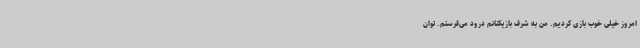
امروز خیلی خوب بازی کردیم. من به شرف بازیکنانم درود می‌فرستم. توان